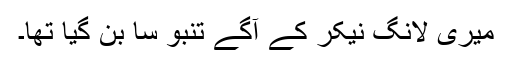
میری لانگ نیکر کے آگے تنبو سا بن گیا تھا۔